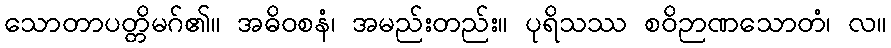
သောတာပတ္တိမဂ်၏။ အဓိဝစနံ၊ အမည်းတည်း။ ပုရိသဿ စဝိဉာဏသောတံ၊ လ။